Calcutta medical institutions reports 1871-78
Year: 1871
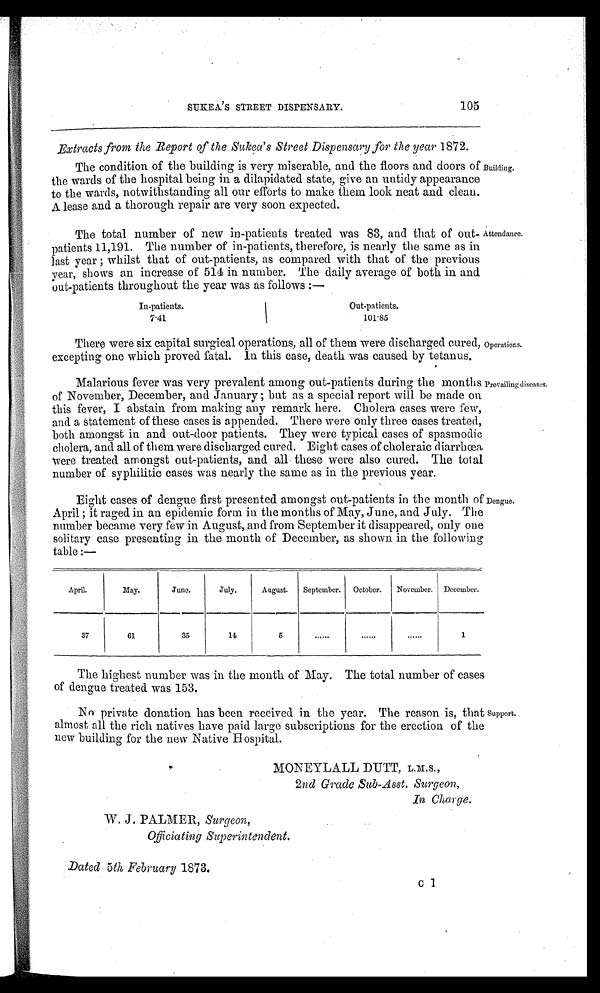
SUKEA' S STREET DISPENSARY.
105
Extracts from the Report of the Sukea's Street Dispensary for the year 1872.
The condition of the building is very miserable, and the floors and doors of
the wards of the hospital being in a dilapidated state, give an untidy appearance
to the wards, notwithstanding all our efforts to make them look neat and clean.
A lease and a thorough repair are very soon expected.
Building.
The total number of new in-patients treated was 83, and that of out-
patients 11,191. The number of in-patients, therefore, is nearly the same as in
last year ; whilst that of out-patients, as compared with that of the previous
year, shows an increase of 514 in number. The daily average of both in and
out-patients throughout the year was as follows :—
Attendance.
In-patients.
Out-patients.
7·41
101·85
There were six capital surgical operations, all of them were discharged cured,
excepting one which proved fatal. In. this case, death was caused by tetanus.
operations.
Malarious fever was very prevalent among out-patients during the months
of November, December, and January ; but as a special report will be made on
this fever, I abstain from making any remark here. Cholera cases were few,
and a statement of these cases is appended. There were only three cases treated,
both amongst in and out-door patients. They were typical cases of spasmodic
cholera, and all of them were discharged cured. Eight cases of choleraic diarrhœa
were treated amongst out-patients, and all . these were also cured. The total
number of syphilitic cases was nearly the same as in the previous year.
Eight cases of dengue first presented amongst out-patients in the month of
April ; it raged in an epidemic form in the months of May, June, and July. The
number became very few in August, and from September it disappeared, only one
solitary case presenting in the month of December, as shown in the following
table :—
Dengue.
April.
May.
June.
July.
August.
September.
October.
November. December.
37
61
35
14
5
. . . . . .
. . . . . .
. . . . . .
1
The highest number was in the month of May. The total number of cases
of dengue treated was 153.
No private donation has been received in the year. The reason is, tha
t
almost all the rich natives have paid large subscriptions for the erection of the
new building for the new Native Hospital.
Support.
MONEYLALL DUTT,
L . M . S . ,
2nd Grade Sub-Asst. Surgeon,
In Charge.
S u r g e o n ,
Officiating Superintendent.
Dated 5th February 1873.
c1